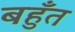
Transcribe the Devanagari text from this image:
बहुँत